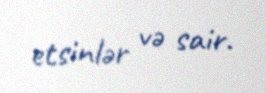
etsinlər və sair.